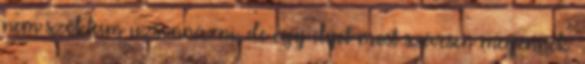
nem szoktam uzsonnázni, de egy ilyet most szívesen megennék.